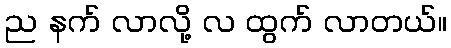
ည နက် လာလို့ လ ထွက် လာတယ်။